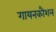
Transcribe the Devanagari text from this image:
गायनकौशल